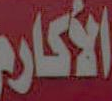
الأكارم